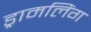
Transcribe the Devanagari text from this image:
ड्रामलिंग